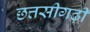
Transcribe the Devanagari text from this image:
छत्तसीगढ़ी